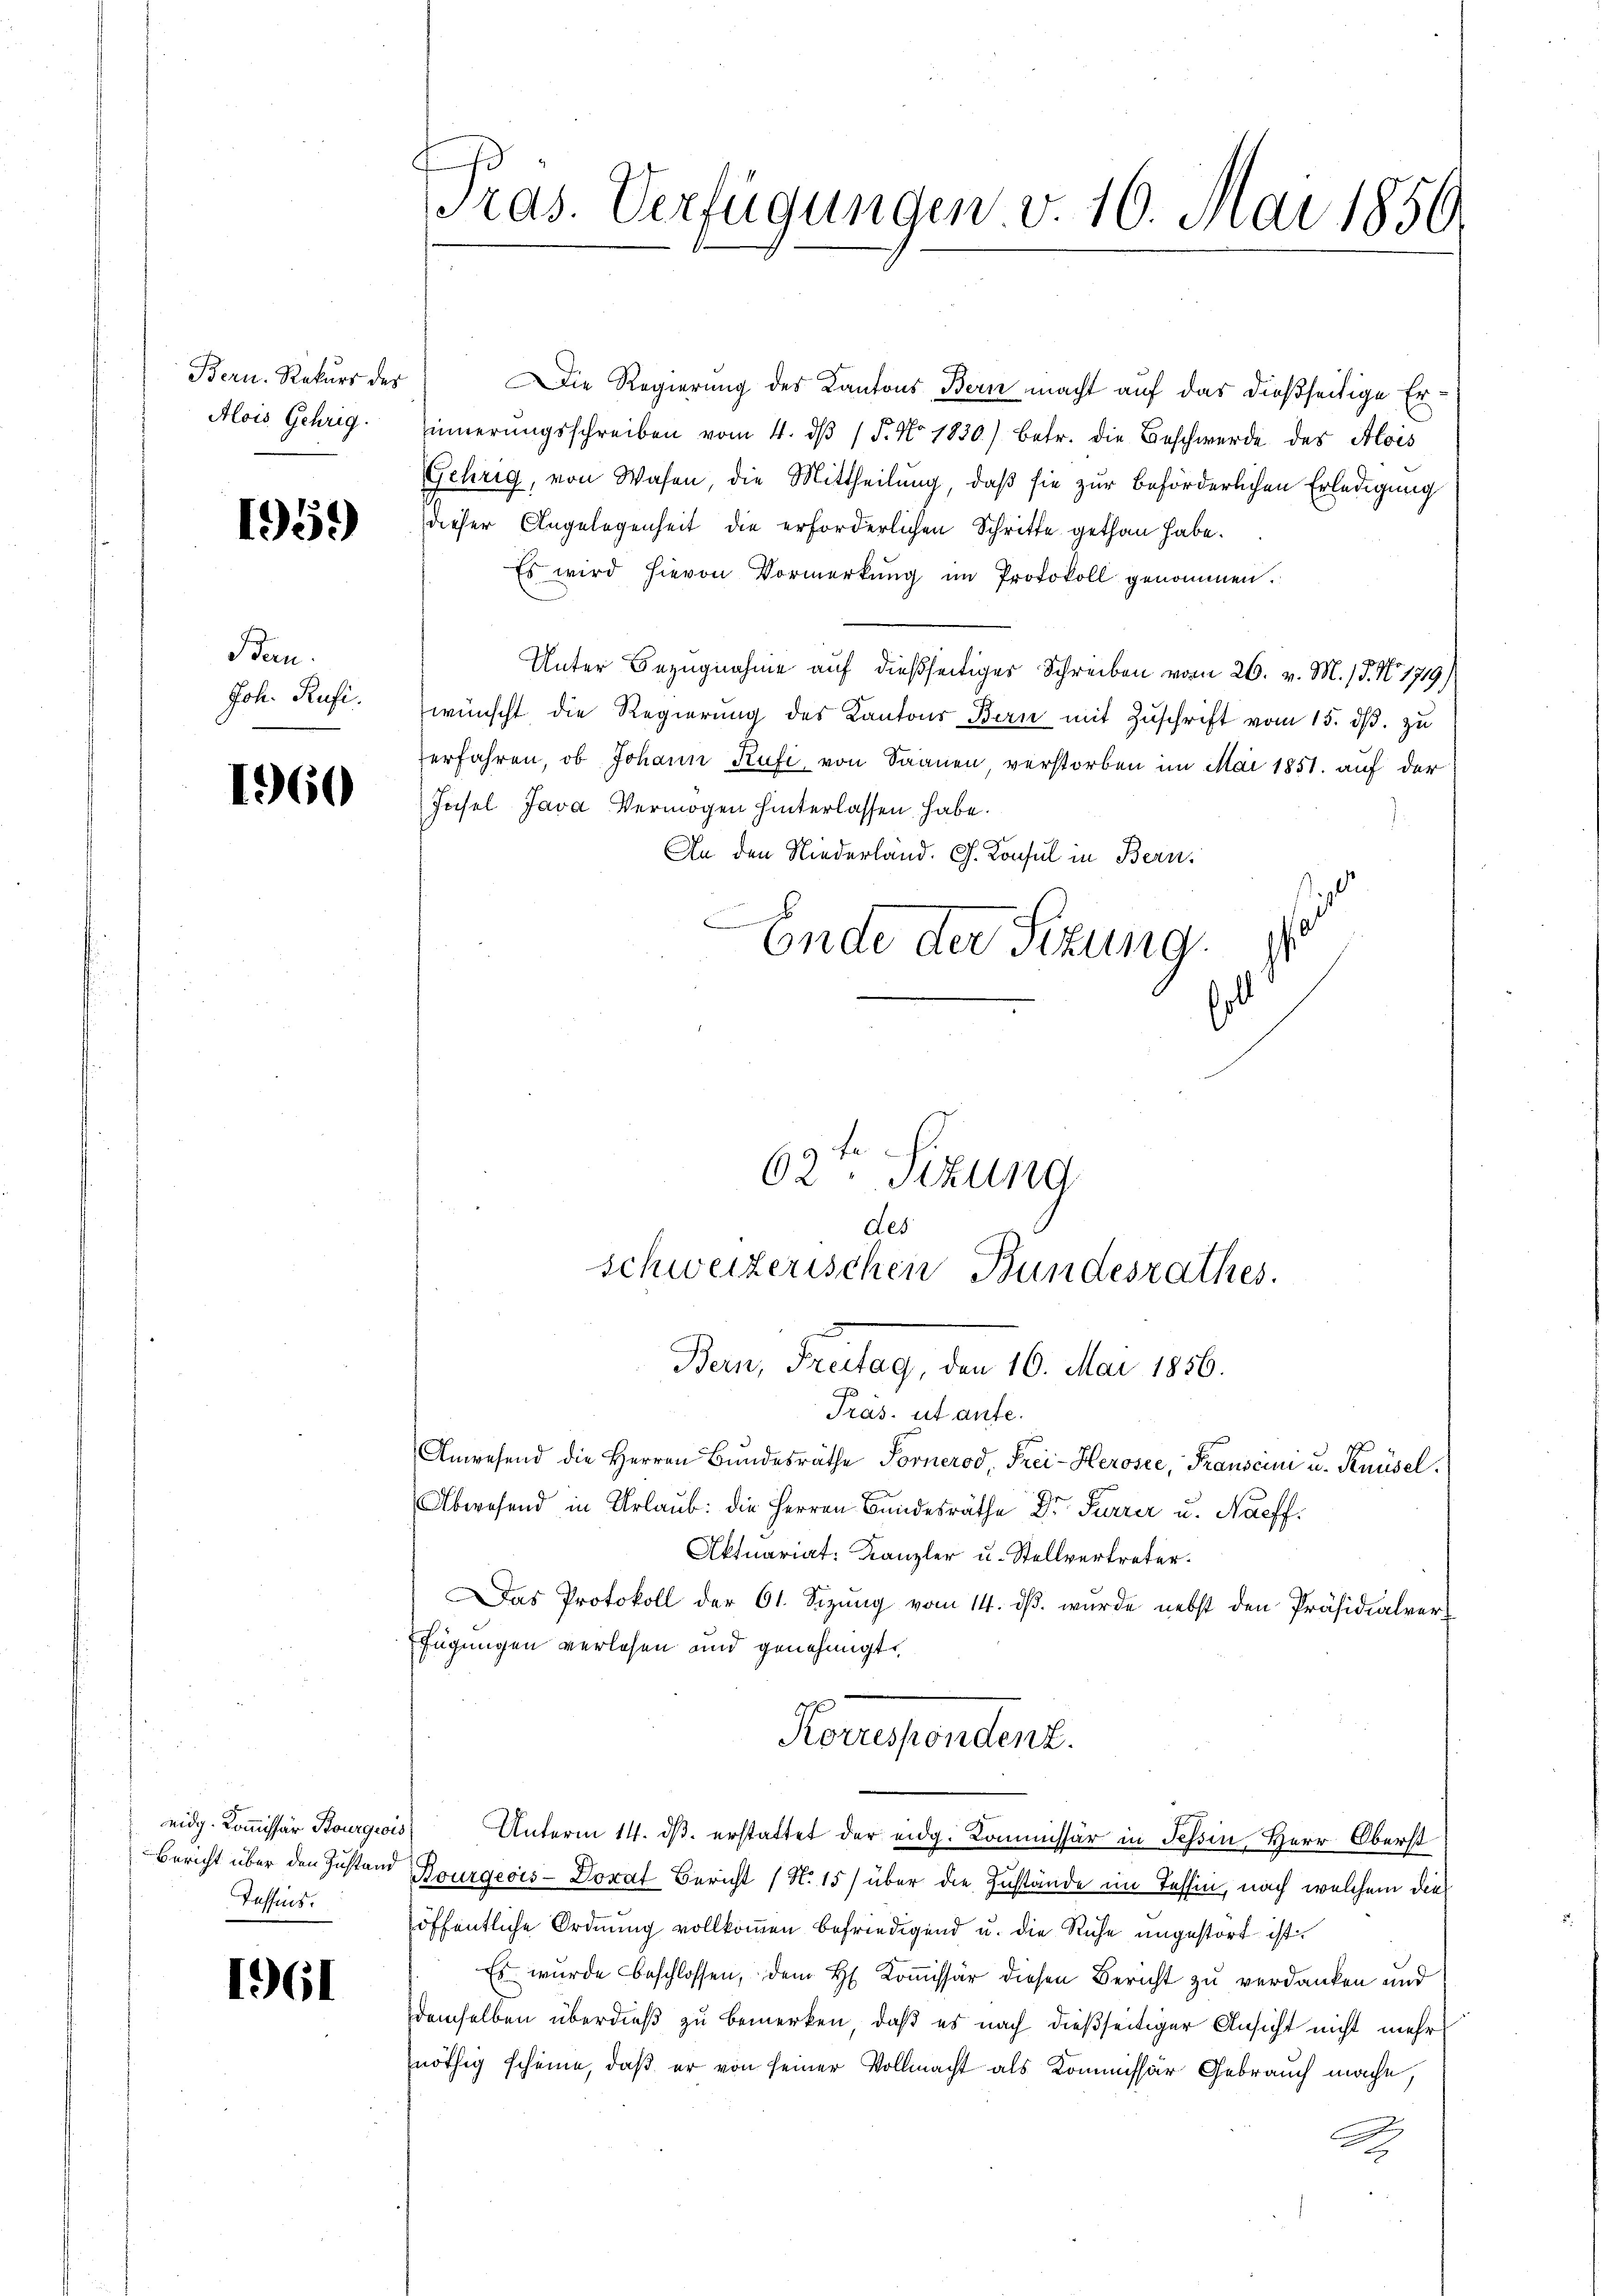
Bern. Rekurs des
Alois Gehrig.

1959

Ban.
Joh. Rufe.

1960

Tassens.

1961

Tras. Verfügungen v. 10. Mai 1850.

Die Regierung des Kantons Bern macht auf das dießseitige Erinnerungsschreiben vom 4. dβ / P. No. 1830) betr. die Beschwerde des Alois
Gehrig, von Wasen, die Mittheilung, daß sie zur beförderlichen Erledigung
dieser Angelegenheit die erforderlichen Schritte gethan habe.
Es wird hievon Vormerkung im Protokoll genommen.
Unter Bezugnahme auf dießseitiger Schreiben vom 26. v. M. / 5. No. 1719)
wünscht die Regierung des Kantons Bern mit Zuschrift vom 15. dβ. zu
erfahren, ob Johann Rufi, von Saanen, verstorben im Mai 1851 auf der
Insel Java Vermögen hinterlassen habe.
An den Niederland. G. Konsul in Bern,
x
Ende der Sizung.
s

62. Sizung
des
schweizerischen Bundesrathes.
Bern, Freitag, den 16. Mai 1856.

Houssondent.

Präs. ut aufe.
Anwesend die Herren Bŭndesräthe Fornerod, Frei-Herosee, Transcini u. Knüsel.
Abwesend in Urlaŭb: die Herren Bundesräthe Dr. Furrer u. Naeff
Aktuariat: Kanzler u. Stellvertreter.
as Protokoll der 61. Sizŭng vom 14. dβ. wurde nebst den Präsidialverfügungen verlesen und genehmigt.
eidg. Kommissär Bourgeois Unterm 14. ds. erstattet der eidg. Kommissär in Tessin, Herr Oberst
Bericht über den Zustand Kourgeois-Dorat Bericht (N. 15) über die Zustände im Tessin, nach welchem die
öffentliche Ordnung vollkommen befriedigend u. die Ruhe ungestorf ist.
Es wurde beschlossen, dem H. Kommissär diesen Bericht zu verdanken und
demselben überdieß zu bemerken, daß es nach dießseitiger Ansicht nicht mehr
nöthig scheine, daß er von seiner Vollmacht als Kommissär Gebrauch mache,
2